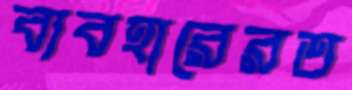
ব্যবহারেরত